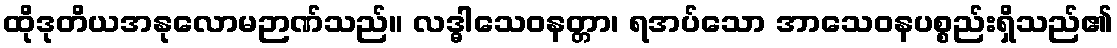
ထိုဒုတိယအနုလောမဉာဏ်သည်။ လဒ္ဓါသေဝနတ္တာ၊ ရအပ်သော အာသေဝနပစ္စည်းရှိသည်၏